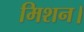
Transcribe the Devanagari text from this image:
मिशन।